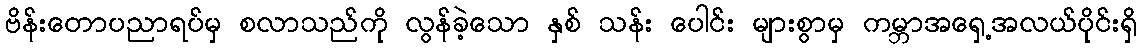
ဗိန်းတောပညာရပ်မှ စလာသည်ကို လွန်ခဲ့သော နှစ် သန်း ပေါင်း များစွာမှ ကမ္ဘာအရှေ့အလယ်ပိုင်းရှိ